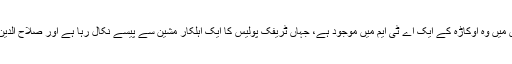
تاہم صلاح الدین کی ایک اور ویڈیو وائرل ہوئی ہے جس میں وہ اوکاڑہ کے ایک اے ٹی ایم میں موجود ہے، جہاں ٹریفک پولیس کا ایک اہلکار مشین سے پیسے نکال رہا ہے اور صلاح الدین اس کے پاس ہی کھڑا یہ سب کارروائی دیکھ رہا ہے۔